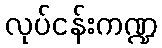
လုပ်ငန်းကဏ္ဍ